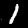
Label: 1